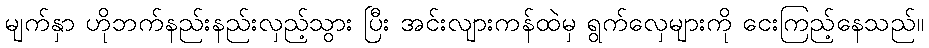
မျက်နှာ ဟိုဘက်နည်းနည်းလှည့်သွား ပြီး အင်းလျားကန်ထဲမှ ရွက်လှေများကို ငေးကြည့်နေသည်။